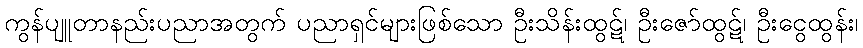
ကွန်ပျူတာနည်းပညာအတွက် ပညာရှင်များဖြစ်သော ဦးသိန်းထွဋ်၊ ဦးဇော်ထွဋ်၊ ဦးငွေထွန်း၊